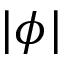
| \phi |